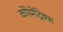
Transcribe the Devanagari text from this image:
कोरेमेट्रिक्स